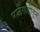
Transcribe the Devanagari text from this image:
मालगाडीतून